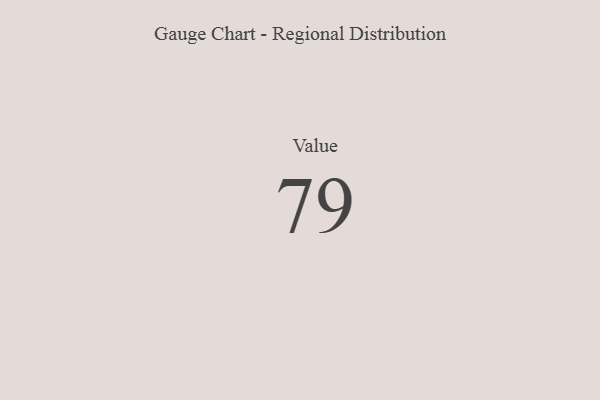
{"axis": {"x": "Metric", "y": "Value"}, "legend": [""], "data": [{"x": "Value", "y": 79, "type": ""}]}